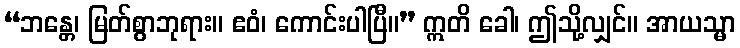
“ဘန္တေ၊ မြတ်စွာဘုရား။ ဧဝံ၊ ကောင်းပါပြီ။” ဣတိ ခေါ၊ ဤသို့လျှင်။ အာယသ္မာ